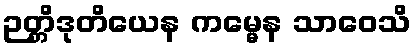
ဉတ္တိဒုတိယေန ကမ္မေန သာဝေသိ